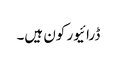
ڈرائیور کون ہیں۔